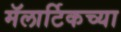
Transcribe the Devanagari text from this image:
मॅलार्टिकच्या